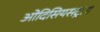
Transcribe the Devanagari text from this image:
ओदिसियसट्राय